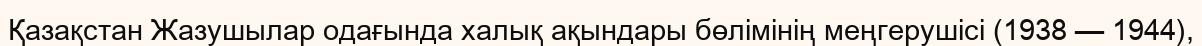
Қазақстан Жазушылар одағында халық ақындары бөлімінің меңгерушісі (1938 — 1944),